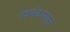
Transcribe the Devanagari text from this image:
एकमेकापासून